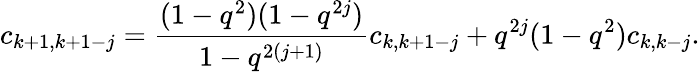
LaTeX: c_{k+1,k+1-j}=\frac{(1-q^{2})(1-q^{2j})}{1-q^{2(j+1)}}c_{k,k+1-j}+q^{2j}(1-q^{2})c_{k,k-j}.